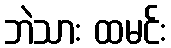
ဘဲသား ထမင်း